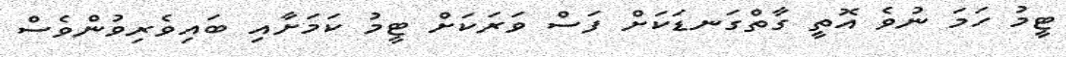
ޓީމު ހަމަ ނުވެ އޮތީ ގާތްގަނޑަކަށް ފަސް ވަރަކަށް ޓީމު ކަމަށާއި ބައިވެރިވުންވެސް